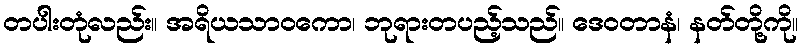
တပါးတုံလည်း။ အရိယသာဝကော၊ ဘုရားတပည့်သည်။ ဒေဝတာနံ၊ နတ်တို့ကို။